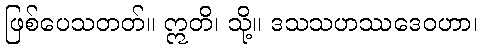
ဖြစ်ပေသတတ်။ ဣတိ၊ သို့။ ဒသသဟဿဒေဝဟာ၊